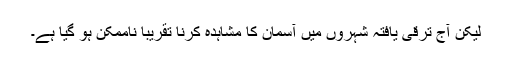
لیکن آج ترقی یافتہ شہروں میں آسمان کا مشاہدہ کرنا تقریباً ناممکن ہو گیا ہے۔